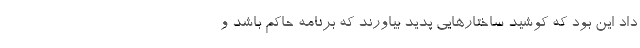
داد این بود که کوشید ساختارهایی پدید بیاورند که برنامه حاکم باشد و